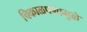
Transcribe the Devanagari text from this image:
चिकाळपणामुळे